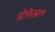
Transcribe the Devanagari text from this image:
प्रोफ़ेश्नल